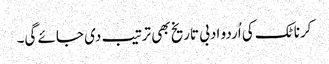
کرناٹک کی اُردو ادبی تاریخ بھی ترتیب دی جائے گی۔